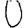
Digit: 0